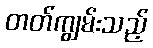
တတ်ကျွမ်းသည့်